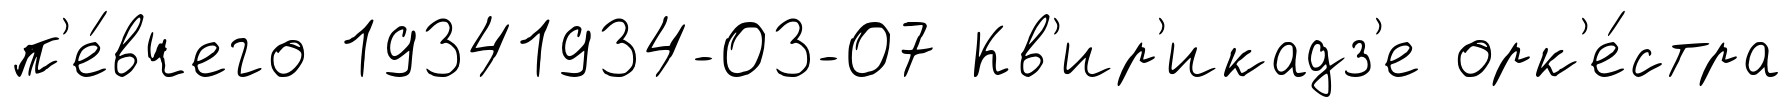
п'е́вчего 19341934-03-07 Кв'ир'икадз'е орк'е́стра